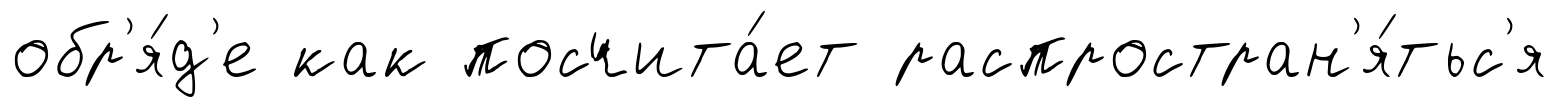
обр'я́д'е как посчита́ет распростран'я́тьс'я